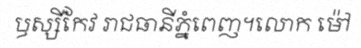
ឫស្សីកែវ រាជធានីភ្នំពេញ។លោក ម៉ៅ